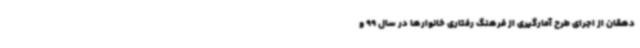
دهقان از اجرای طرح آمارگیری از فرهنگ رفتاری خانوارها در سال 99 و